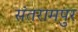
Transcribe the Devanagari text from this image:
संतरामपुर